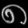
Digit: ၈